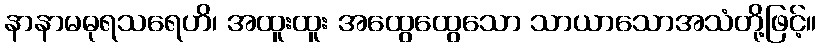
နာနာမဓုရသရေဟိ၊ အထူးထူး အထွေထွေသော သာယာသောအသံတို့ဖြင့်။